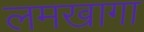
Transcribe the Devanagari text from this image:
लमखागा